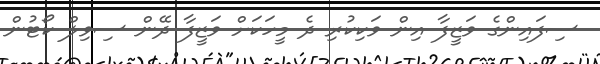
ސިފައިންގެ ވަޒީފާ އިން ވަކިކުރި ދެ މީހަކަށް ވަޒީފާ ދޭން ސިވިލް ކޯޓުން